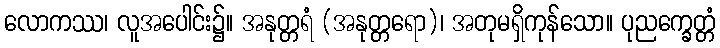
လောကဿ၊ လူအပေါင်း၌။ အနုတ္တရံ (အနုတ္တရော)၊ အတုမရှိကုန်သော။ ပုညက္ခေတ္တံ